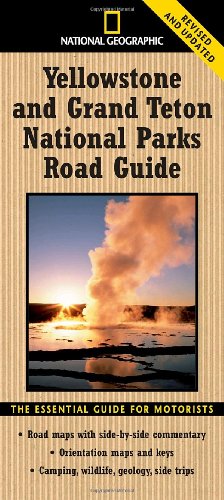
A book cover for National Geographic Yellowstone and Grand Teton National Parks Road Guide: The Essential Guide for Motorists (National Park Road Guide); Jeremy Schmidt; Reference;